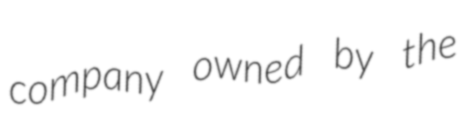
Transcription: company owned by the